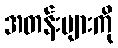
အတန်းများကို